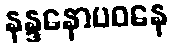
နန္ဒနောပဝနေ